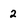
Character: 2